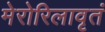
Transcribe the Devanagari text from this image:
मेरोरिलावृतं